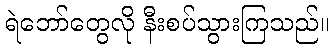
ရဲဘော်တွေလို နီးစပ်သွားကြသည်။